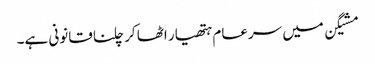
مشیگن میں سرعام ہتھیار اٹھا کر چلنا قانونی ہے۔